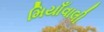
મિયાઁવાલી